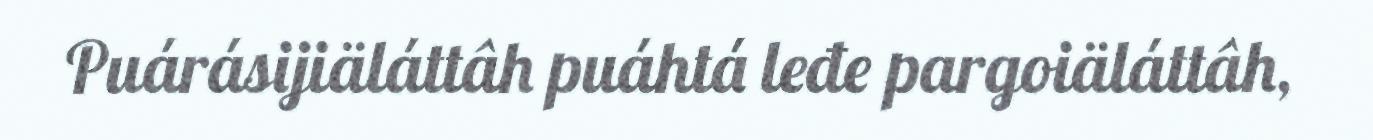
Puárásijiäláttâh puáhtá leđe pargoiäláttâh,